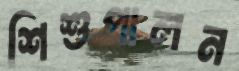
শিশুপালন